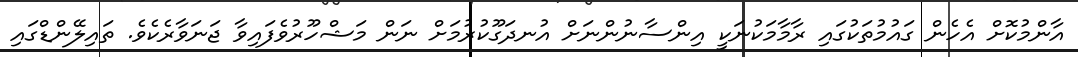
އާންމުކޮށް އެހެން ގައުމުތަކުގައި ރާމާމަކުނަކީ އިންސާނުންނަށް އުނދަގޫކުރުމަށް ނަން މަޝްހޫރުވެފައިވާ ޖަނަވާރެކެވެ. ތައިލޭންޑްގައި